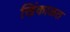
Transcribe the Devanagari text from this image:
खिंकाळत